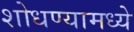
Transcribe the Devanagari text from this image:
शोधण्यामध्ये